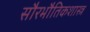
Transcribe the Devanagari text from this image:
सौरभौतिकशास्त्र